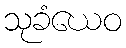
သုခံယေဝ